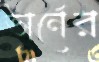
ভার্নের